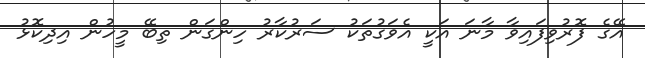
އޭގެ ފޮރުވިފައިވާ މާނަ އަކީ އެވަގުތަކު ސަރުކާރު ހިންގަން ތިބޭ މީހުން އިދިކޮޅު